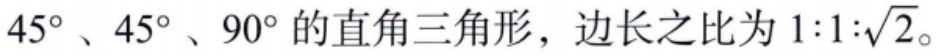
\(45^{\circ}、45^{\circ}、90^{\circ}\)的直角三角形，边长之比为\(1:1:\sqrt{2}\)。